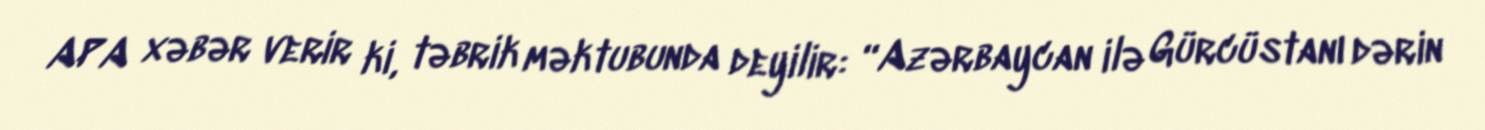
APA xəbər verir ki, təbrik məktubunda deyilir: “Azərbaycan ilə Gürcüstanı dərin